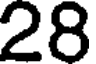
28